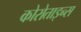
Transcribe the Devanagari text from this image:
कोरोताइन्स